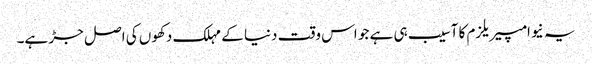
یہ نیوامپیریلزم کا آسیب ہی ہے جو اس وقت دنیا کے مہلک دکھوں کی اصل جڑ ہے۔